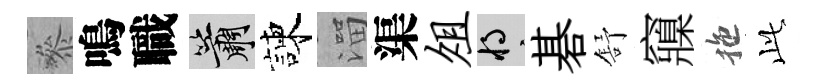
叅鳴職簫諫溜渠俎將碁舒䆿拖𬼘